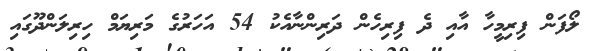
ލޯފަން ފިރިމީހާ އާއި ދެ ފިރިހެން ދަރިންނާއެކު 54 އަހަރުގެ މަރިޔަމް ހިރިލަންދޫގައި